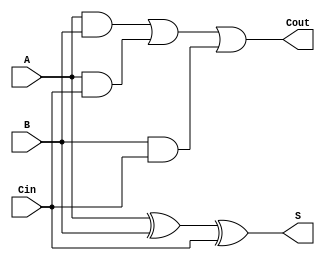
`timescale 1ns / 1ps
`default_nettype none
module full_adderOLD(S,Cout,A,B,Cin);
//input wires
input wire A,B,Cin;
output wire S, Cout;
// nests
wire andBCin, andACin, andAB;
// #6 is gate delay
assign #6 S = A^B^Cin;  // S is xor A,B,and Cin
assign #4 andBCin = B&Cin; // 4ns delay
assign #4 andACin = A&Cin;
assign #4 andAB = A&B;
assign #6 Cout = andAB | andACin | andBCin;

endmodule